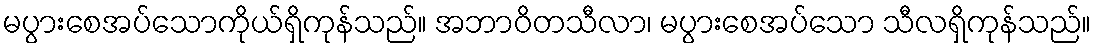
မပွားစေအပ်သောကိုယ်ရှိကုန်သည်။ အဘာဝိတသီလာ၊ မပွားစေအပ်သော သီလရှိကုန်သည်။